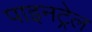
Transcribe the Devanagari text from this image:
पाइनट्रेल